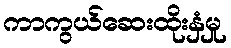
ကာကွယ်ဆေးထိုးနှံမှု